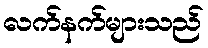
လက်နက်များသည်